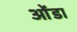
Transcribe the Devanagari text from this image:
ओंडा